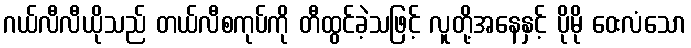
ဂယ်လီလီယိုသည် တယ်လီစကုပ်ကို တီထွင်ခဲ့သဖြင့် လူတို့အနေနှင့် ပိုမို ဝေးလံသော